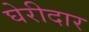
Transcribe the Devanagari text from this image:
घेरीदार